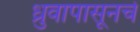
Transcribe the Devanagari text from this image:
ध्रुवापासूनचे